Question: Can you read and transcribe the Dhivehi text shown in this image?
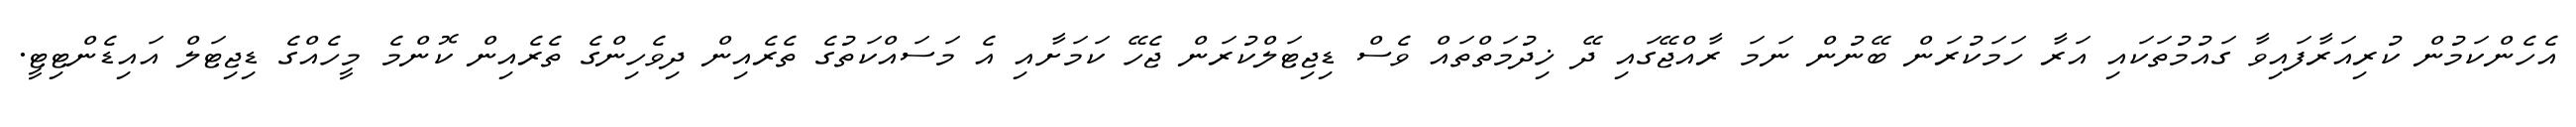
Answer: އެހެންކަމުން ކުރިއަރާފައިވާ ގައުމުތަކައި އަރާ ހަމަކުރަން ބޭނުން ނަމަ ރާއްޖޭގައި ދޭ ޚިދުމަތްތައް ވެސް ޑިޖިޓަލްކުރަން ޖެހޭ ކަމަށާއި އެ މަސައްކަތުގެ ތެރެއިން ދިވެހިންގެ ތެރެއިން ކޮންމެ މީހެއްގެ ޑިޖިޓަލް އައިޑެންޓިޓީ.